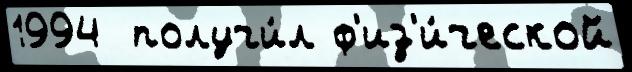
1994  получи́л ф'из'и́ческой